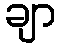
ချာ